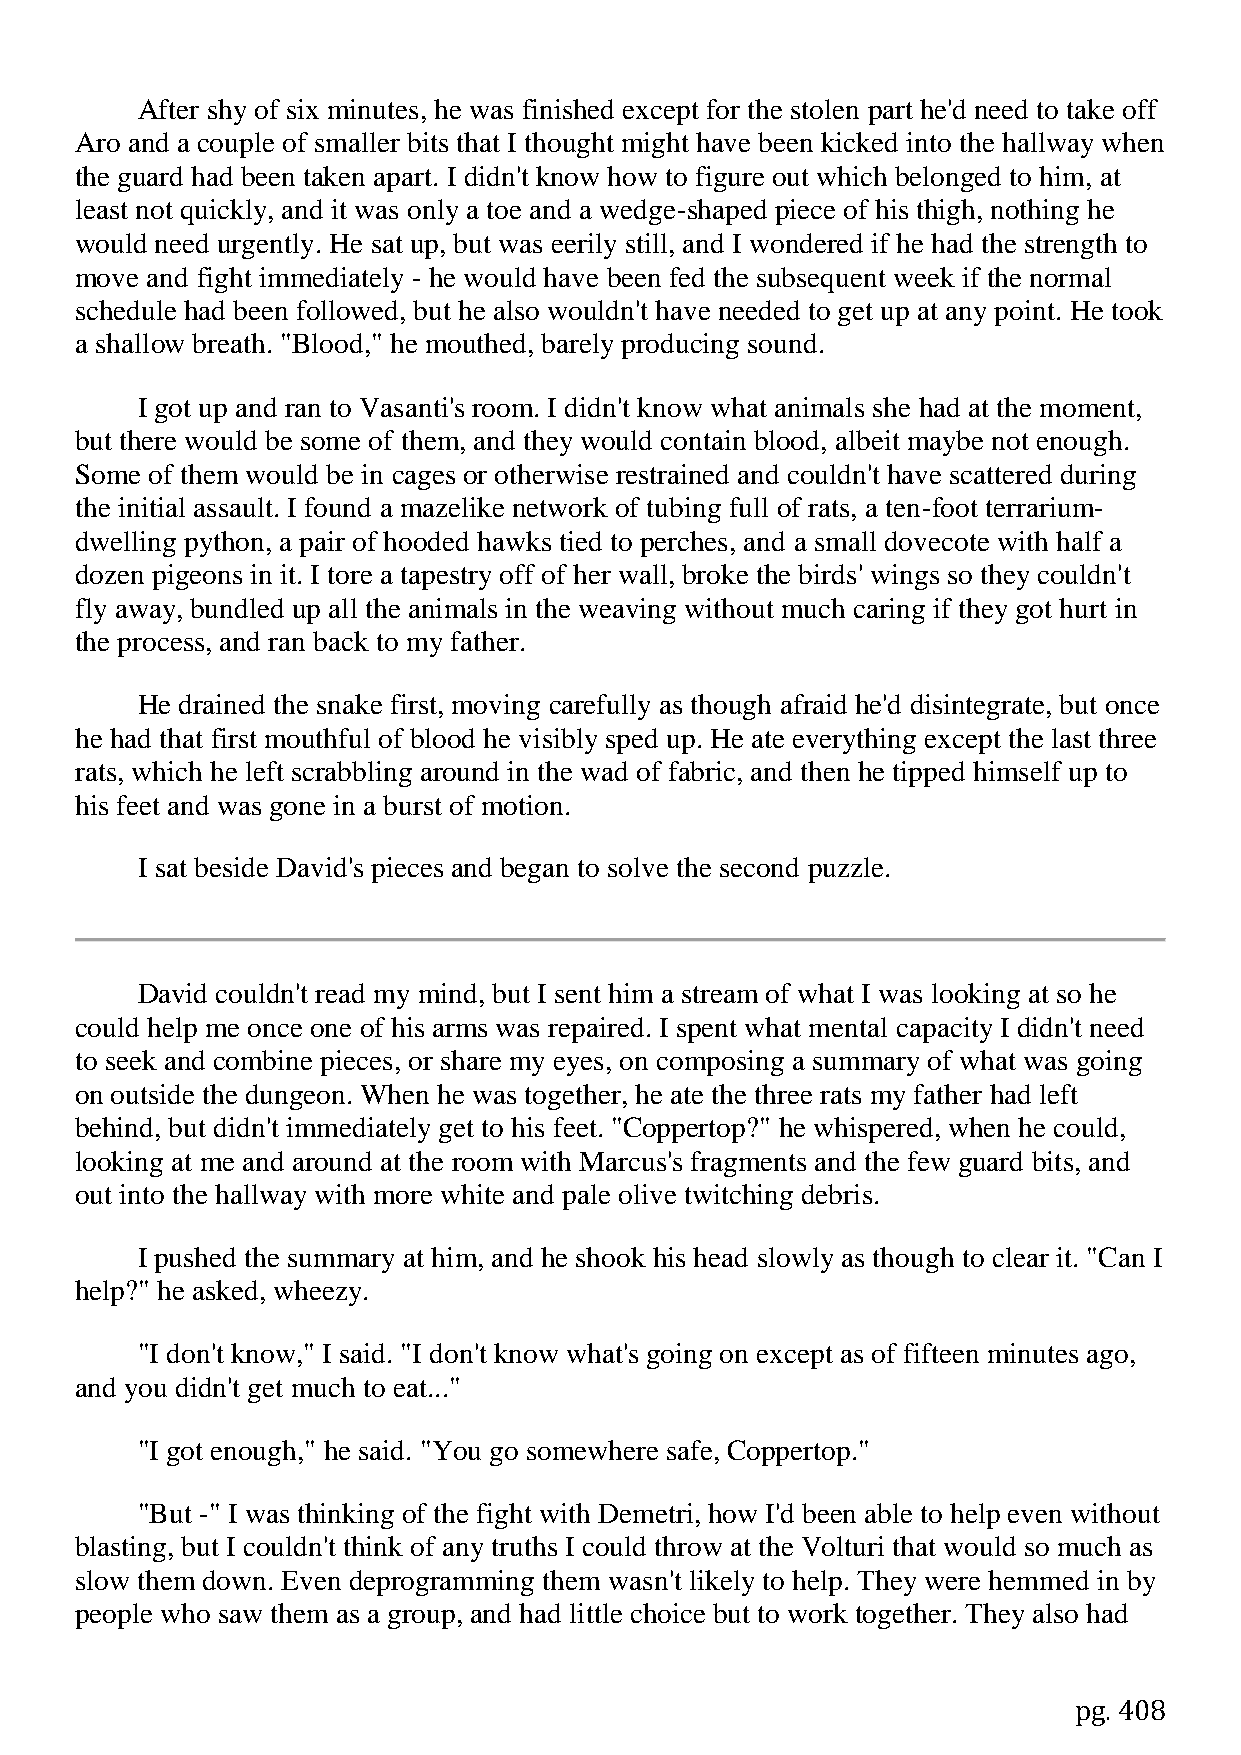
After shy of six minutes, he was finished except for the stolen part he'd need to take off
 Aro and a couple of smaller bits that I thought might have been kicked into the hallway when
 the guard had been taken apart. I didn't know how to figure out which belonged to him, at
 least not quickly, and it was only a toe and a wedge-shaped piece of his thigh, nothing he
 would need urgently. He sat up, but was eerily still, and I wondered if he had the strength to
 move and fight immediately - he would have been fed the subsequent week if the normal
 schedule had been followed, but he also wouldn't have needed to get up at any point. He took
 a shallow breath. "Blood," he mouthed, barely producing sound.
 I got up and ran to Vasanti's room. I didn't know what animals she had at the moment,
 but there would be some of them, and they would contain blood, albeit maybe not enough.
 Some of them would be in cages or otherwise restrained and couldn't have scattered during
 the initial assault. I found a mazelike network of tubing full of rats, a ten-foot terrarium-
 dwelling python, a pair of hooded hawks tied to perches, and a small dovecote with half a
 dozen pigeons in it. I tore a tapestry off of her wall, broke the birds' wings so they couldn't
 fly away, bundled up all the animals in the weaving without much caring if they got hurt in
 the process, and ran back to my father.
 He drained the snake first, moving carefully as though afraid he'd disintegrate, but once
 he had that first mouthful of blood he visibly sped up. He ate everything except the last three
 rats, which he left scrabbling around in the wad of fabric, and then he tipped himself up to
 his feet and was gone in a burst of motion.
 I sat beside David's pieces and began to solve the second puzzle.
 David couldn't read my mind, but I sent him a stream of what I was looking at so he
 could help me once one of his arms was repaired. I spent what mental capacity I didn't need
 to seek and combine pieces, or share my eyes, on composing a summary of what was going
 on outside the dungeon. When he was together, he ate the three rats my father had left
 behind, but didn't immediately get to his feet. "Coppertop?" he whispered, when he could,
 looking at me and around at the room with Marcus's fragments and the few guard bits, and
 out into the hallway with more white and pale olive twitching debris.
 I pushed the summary at him, and he shook his head slowly as though to clear it. "Can I
 help?" he asked, wheezy.
 "I don't know," I said. "I don't know what's going on except as of fifteen minutes ago,
 and you didn't get much to eat..."
 "I got enough," he said. "You go somewhere safe, Coppertop."
 "But -" I was thinking of the fight with Demetri, how I'd been able to help even without
 blasting, but I couldn't think of any truths I could throw at the Volturi that would so much as
 slow them down. Even deprogramming them wasn't likely to help. They were hemmed in by
 people who saw them as a group, and had little choice but to work together. They also had
 pg. 408